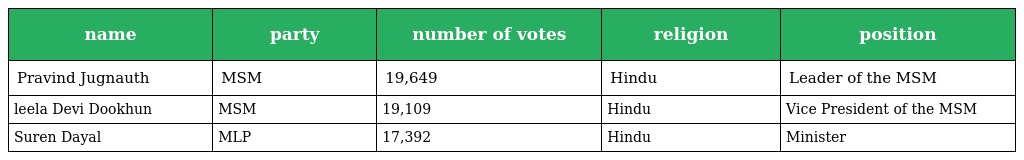
| name | party | number of votes | religion | position |
 | --- | --- | --- | --- | --- |
 | Pravind Jugnauth | MSM | 19,649 | Hindu | Leader of the MSM |
 | leela Devi Dookhun | MSM | 19,109 | Hindu | Vice President of the MSM |
 | Suren Dayal | MLP | 17,392 | Hindu | Minister |